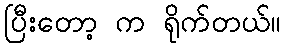
ပြီးတော့ က ရိုက်တယ်။